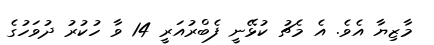
މާޒިޔާ އެވެ. އެ މެޗު ކުޅޭނީ ފެބްރުއަރީ 14 ވާ ހުކުރު ދުވަހުގެ